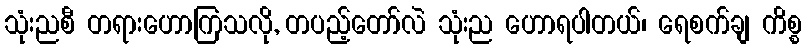
သုံးညစီ တရားဟောကြသလို, တပည့်တော်လဲ သုံးည ဟောရပါတယ်၊ ရေစက်ချ ကိစ္စ